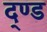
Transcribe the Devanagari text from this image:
द्ण्ड